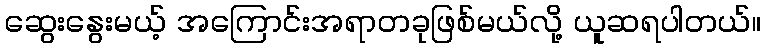
ဆွေးနွေးမယ့် အကြောင်းအရာတခုဖြစ်မယ်လို့ ယူဆရပါတယ်။